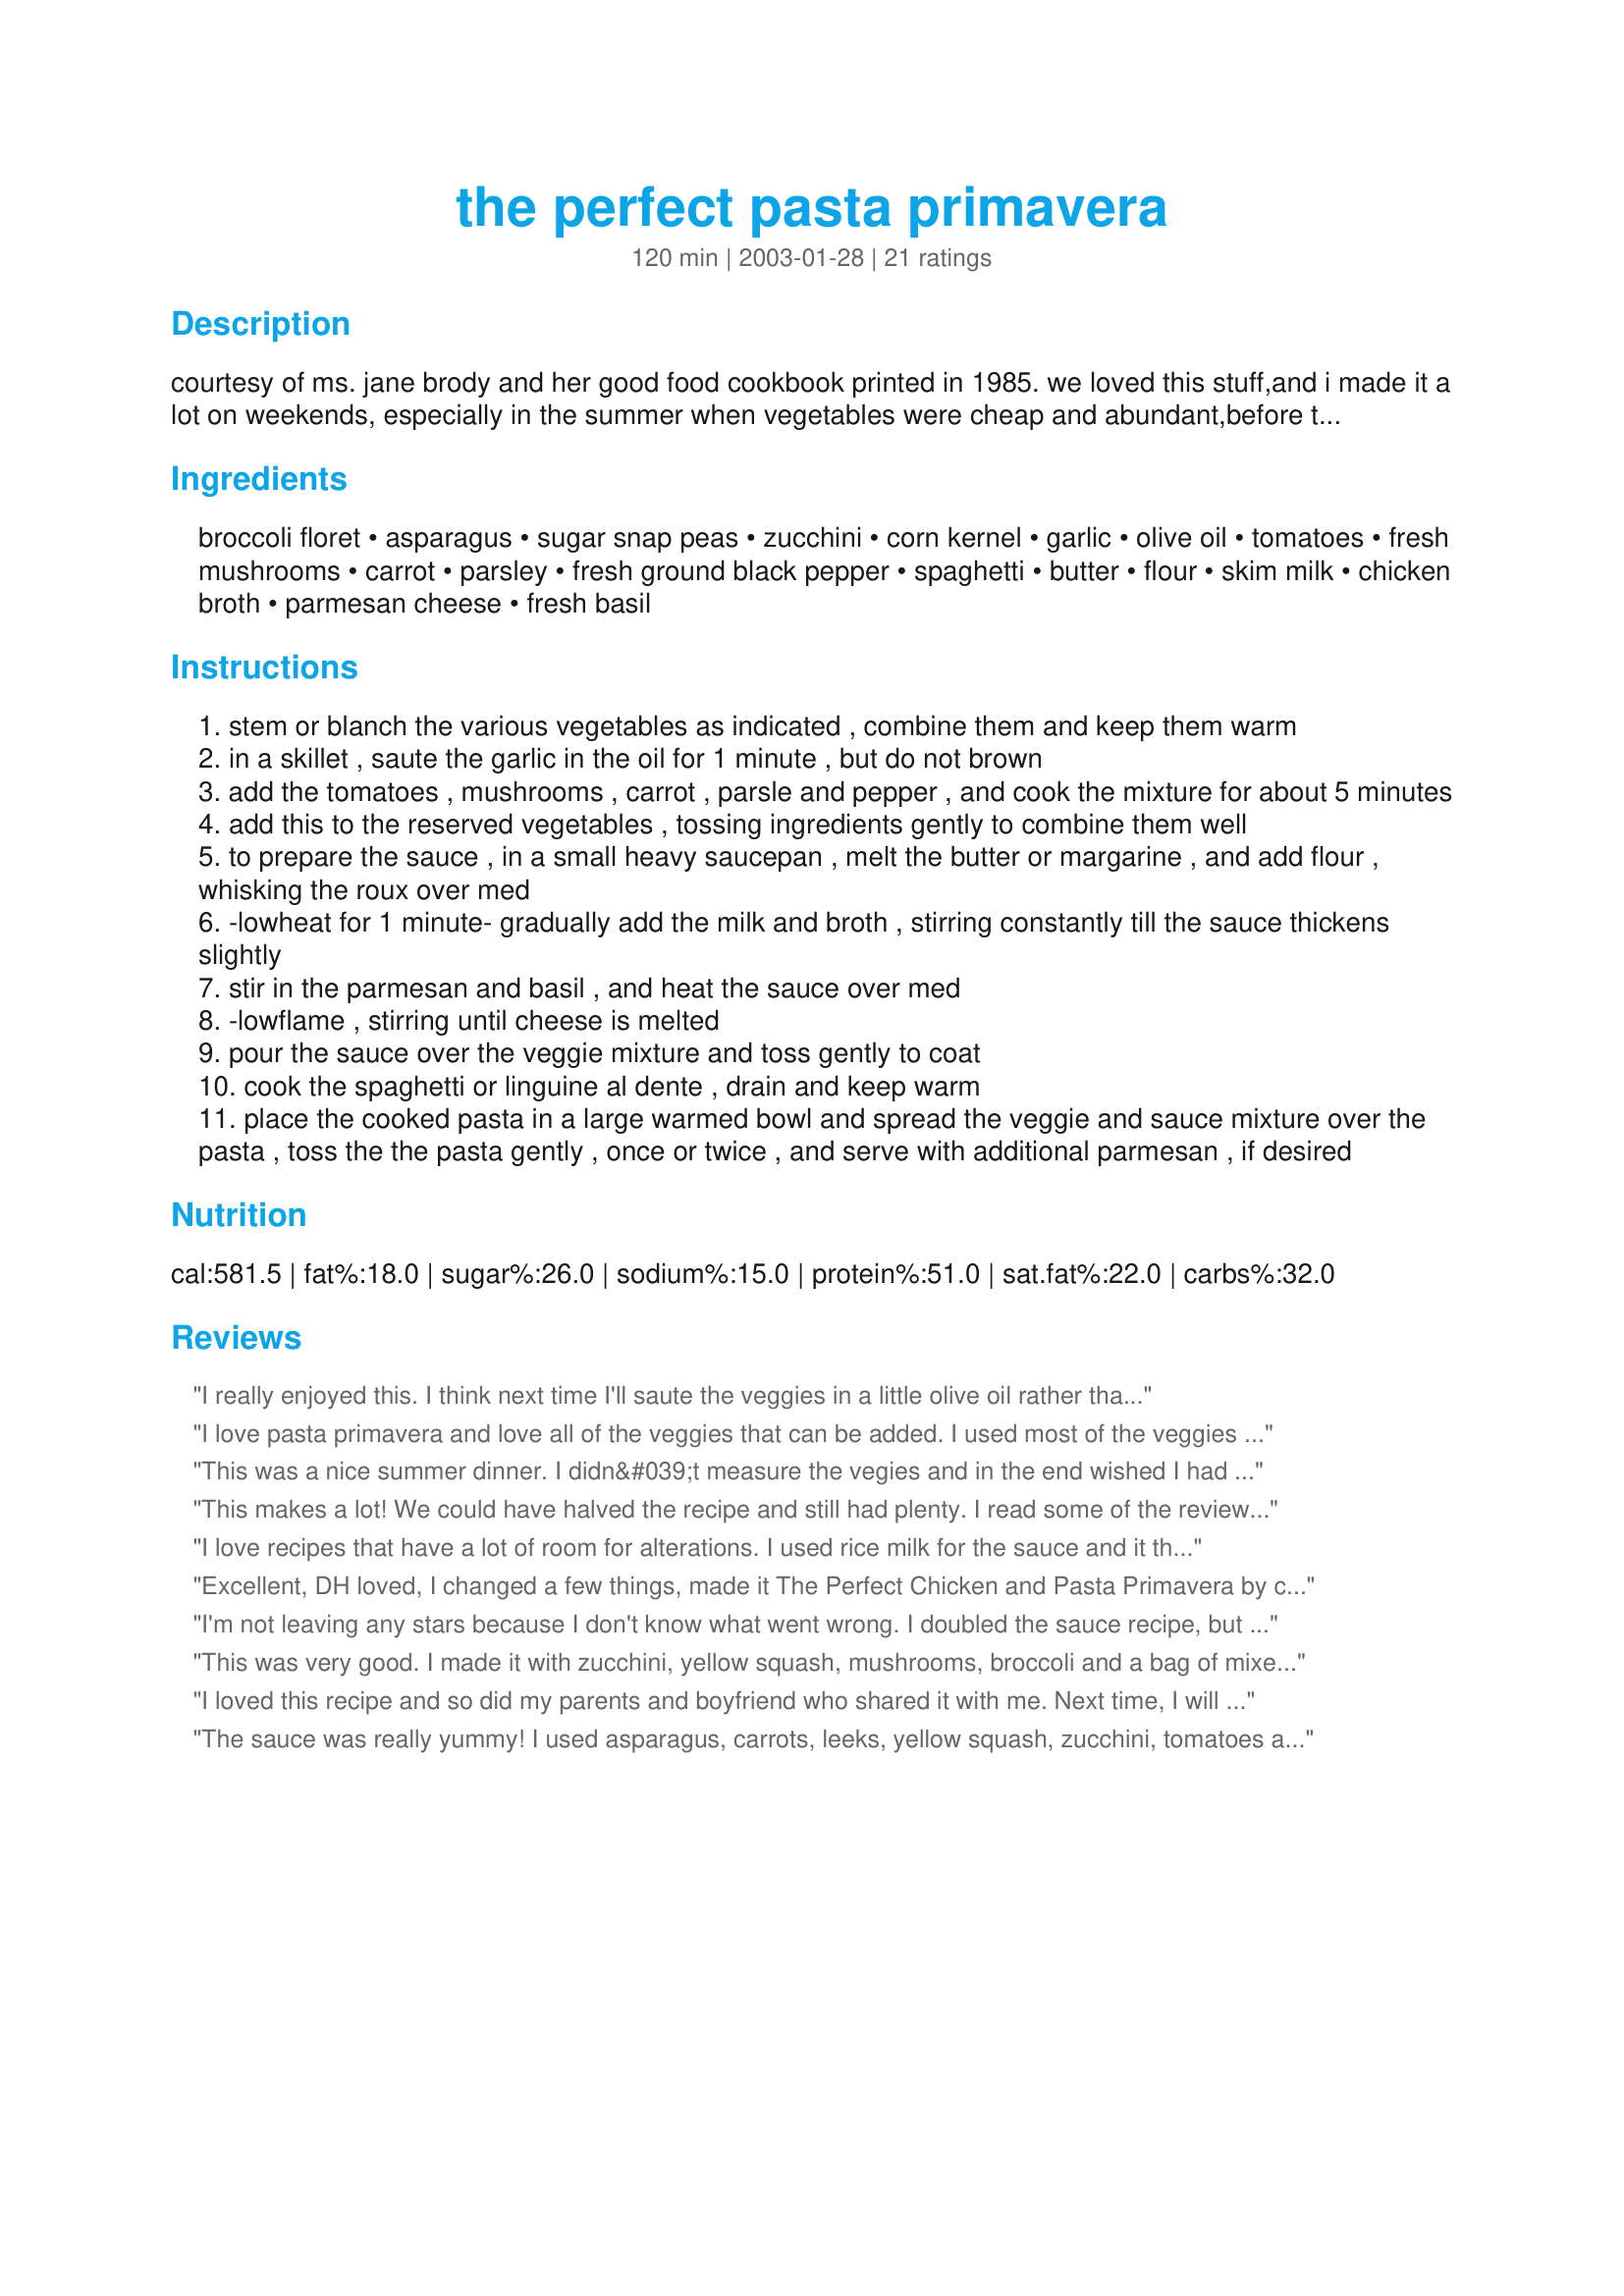
the perfect pasta primavera
Preparation time: 120 minutes

courtesy of ms. jane brody and her good food cookbook printed in 1985. we loved this stuff,and i made it a lot on weekends, especially in the summer when vegetables were cheap and abundant,before that kiddo came along. i'd usually make more pasta,since i was going through all the work anyway,and more of the vegetables we liked the best. it would usually last us for about 3 meals. it is very time consuming, but,really worth it when you're finished. and like any recipe, feel free to add any other vegetable or seasoning you like.

Ingredients:
broccoli floret, asparagus, sugar snap peas, zucchini, corn kernel, garlic, olive oil, tomatoes, fresh mushrooms, carrot, parsley, fresh ground black pepper, spaghetti, butter, flour, skim milk, chicken broth, parmesan cheese, fresh basil

Steps:
stem or blanch the various vegetables as indicated , combine them and keep them warm
in a skillet , saute the garlic in the oil for 1 minute , but do not brown
add the tomatoes , mushrooms , carrot , parsle and pepper , and cook the mixture for about 5 minutes
add this to the reserved vegetables , tossing ingredients gently to combine them well
to prepare the sauce , in a small heavy saucepan , melt the butter or margarine , and add flour , whisking the roux over med
-lowheat for 1 minute- gradually add the milk and broth , stirring constantly till the sauce thickens slightly
stir in the parmesan and basil , and heat the sauce over med
-lowflame , stirring until cheese is melted
pour the sauce over the veggie mixture and toss gently to coat
cook the spaghetti or linguine al dente , drain and keep warm
place the cooked pasta in a large warmed bowl and spread the veggie and sauce mixture over the pasta , toss the the pasta gently , once or twice , and serve with additional parmesan , if desired

Reviews:
I really enjoyed this. I think next time I'll saute the veggies in a little olive oil rather than steaming them. I hope it holds up well in the fridge because I made a lot and plan on having a couple more meals of this.
I love pasta primavera and love all of the veggies that can be added. I used most of the veggies called for here, and added some cauliflower, red onion, celery, and bell pepper.So yummy in the sauce. The next day I added some crushed red pepper flakes to kick it up a notch and loved that addition as well. Thanks Hep Mep for a great recipe. Made for Chef Alphabet Soup Tag.
This was a nice summer dinner. I didn&#039;t measure the vegies and in the end wished I had added more. This is a good basic recipe. I think next time I will play with the spices to add a punch as it came out pretty mild. thanks for the great recipe!
This makes a lot! We could have halved the recipe and still had plenty. I read some of the reviews about the sauce being thin, so I used cream instead of milk. I hate to say it, but my sauce was still thin. Regardless, the family still enjoyed it. Next time I will play with the veggies to suit my families personal tastes. I will also add some seasoning, as we all added additional parm, fresh grated pepper and used the garlic and sea salt grinder.
I love recipes that have a lot of room for alterations. I used rice milk for the sauce and it thickened nicely. I used asparagus, broccolli, cauliflower, and green and red bell peppers. I can't wait to try this in the summer when we have different vegetables. I will aslo be sure to add onion and garlic next time.
Excellent, DH loved, I changed a few things, made it The Perfect Chicken and Pasta Primavera by cubing a couple chicken breast, sprinkling salt and pepper on them and frying in some butter which I later added to the sauce. Veg's I used were a sweet red pepper cut in short strips, a small onion halved and sliced, regular mushrooms, frozen peas I had on hand, which I added close to the end (definitely don't use canned). I substituted 1/2 cream 1/2 broth for the milk and then the regular 1 cup broth and used rice flour and rice pasta to be gluten free. I omitted the tomatoes, carrot, basil and other vegetables mentioned. Added salt and a bit of pepper. I will most definitely keep this one around!
I'm not leaving any stars because I don't know what went wrong. I doubled the sauce recipe, but it didn't thicken, and the cheese didn't melt, just clumped. The flavor was good, but the sauce was way too thin, and there were little mounds of cheese everywhere.
This was very good. I made it with zucchini, yellow squash, mushrooms, broccoli and a bag of mixed veggies I had in the freezer. I sauted the mushroom and garlic in Pam, then did the squash, italian seasoning and garlic in the olive oil. I microwaved the broccoli florets and mixed veggies. I omitted the tomatoes and asparagus. I did find the sauce to be pretty bland, but throwing on a bunch of salt, pepper, and Tabasco in at the end really helped. Overall this is a very versatile recipe that makes great use of pretty much any extra veggies you have on hand. I will certainly make this again! Thanks!
I loved this recipe and so did my parents and boyfriend who shared it with me. Next time, I will double the sauce recipe as I thought it was a little short. Thanks for posting!
The sauce was really yummy! I used asparagus, carrots, leeks, yellow squash, zucchini, tomatoes and garlic over whole wheat linguine. I almost doubled the sauce, which turned out to be perfect. Thanks!
Great tasting, colorful recipe, & nice sauce! I substituted sliced red onion for the asparagus (had none available) and substituted a yellow squash for the snap peas (had none). For the sauce, I used 1 cup broth and 1/2 cup coffee cream instead of the 1 cup milk and 1/2 cup broth. The sauce was just amazing. The next day, I added about 1 tsp bacon bits to the leftovers for a slightly different flavor. Yummy also. Thank you for a versatile & colorful recipe that I will be making again. I think this sauce would be good with many other dishes as well.
Incredibly yummy pasta recipe! We loved it and it was a wonderful way to use our garden veggies.
Whenever I make this I will always be smiling through the tears....remembering a very unique, strong and sweet lady; and I will say a prayer for her loved ones, especially her beloved Cakes
Thank you MEP.....
This is a great recipe. Just change it to fit your own personal likes and vegetables. I don't use any animal products so no dairy and no oil. I use my own homemade vegan parmesan cheese. This is a regular on our menu. You can easily thicken this with rice flour just add until it is thick enough. Rice flour is great to use because it does not clump or taste gooey!!! Even if you walk away you can come back and stir it back in with no problem. Well worth making and a regular for us.
This was an interesting recipe in that when I first made it, I didn't care much for it (too bland), but I took some to work the next day for lunch and the flavor was sooooo much better! So, while I would have given it a 3 the first day, it ended up a 5 by the next day, so I decided it ended up a 4. I used the vegies & some shrimp I had on hand from a leftover vegie tray, but otherwise kept the seasonings pretty much the same. Added a bit of onion, too. Thanks for sharing!
very good sauce and not as fattening as a lot of the other primavera recipes
I was looking for a lower calorie version of a creamier pasta and this seemed to fit the bill. This is a good base recipe that I felt needed some tweaking. I made some changes and it came out pretty good. I'd give my version 4 stars as there is still a little room for improvement. What I did differently: I used 2 Tbs of flour (any cream sauce I've made always uses an even flour to butter ratio) and 2 Tbs of margarine. The sauce coated the pasta and veggies nicely and did not sink to the bottom of the bowl. I added a few shakes garlic powder to the sauce and used dried basil (would not leave that out). I roasted my veggies using olive oil, garlic, and salt. I omitted the parsley, though next time I would use it to see if that is the extra punch of flavor I was missing. I might even try adding a small squeeze of lemon for a touch of acidity and flavor next time. I also added sauteed shrimp. I will make this again and continue to tweak it. My husband and toddler enjoyed this dish. I love how colorful it can be and how much lighter it is compared to other cheese sauces. No cream or half and half needed! No stars because I do not like to rate a recipe if I make several changes. Thank you Hep Mep for posting!
I have an abundance of fresh basil this year and I'm always looking for ways to use it. This recipe is the best way I've found yet! We loved it!! I used all the veggies in the recipe except for the fresh asparagus, didn't have any. I couldn't resist, I had to add some sliced onion. I'm one of those who can't cook w/o onion and garlic. Instead of steaming, I sauted the broccoli, snow peas, squash and onion in olive oil and removed them, then continued on with the recipe as written. This one is definitely a keeper! It is so delicious! Thanks MEP.

My husband declared this one a keeper instantly! Thanks for sharing. :0)
I made this pasta primavera recipe last night and it came out delicious! I used half parsley half cilantro so I got both flavors. I used shallots instead of regular onion, and I also used shredded Parmesan instead of grated. I had all the veggies except peas.. so I skipped the peas.<br/><br/>I used bowtie pasta just for fun! (I included a photo even though I'm not very good at capturing the beauty of the food). The sauce came out very well. I read someone's review that said it was too thin... so I watched it carefully and very slowly added a little more flour. I added "too much" basil by mistake, but found that more basil was spot-on and delicious! <br/>Once the cheese was added it worked like a charm.<br/><br/>Thanks for this recipe. I added it to my bookmarks to use again!
A few years back I used to cook this a fair amount, then got out of the habit. Thanks for reminding me of this superior recipe!
Great meal! Good way to get the kids to eat their veggies!
